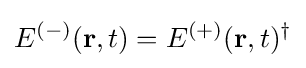
E^{(-)}(\mathbf {r} ,t)=E^{(+)}(\mathbf {r} ,t)^{\dagger }